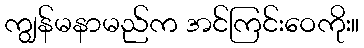
ကျွန်မနာမည်က အင်ကြင်းဝေကိုး။